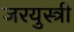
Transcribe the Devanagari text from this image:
जरयुस्त्री